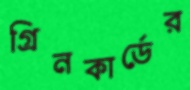
গ্রিনকার্ডের